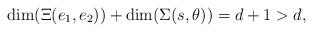
LaTeX: \begin{align*}\dim(\Xi(e_1,e_2)) + \dim(\Sigma(s,\theta)) = d+1 > d,\end{align*}